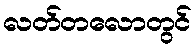
လတ်တလောတွင်